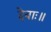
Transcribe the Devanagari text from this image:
देवाः॥